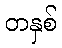
တနှစ်